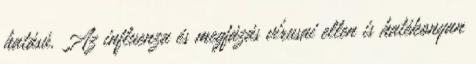
hatású. Az influenza és megfázás vírusai ellen is hatékonyan